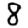
Digit: 8